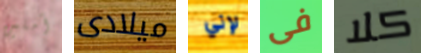
آملين ميلادى لإني فى كلا